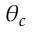
\theta _ { c }